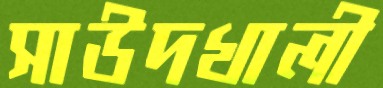
সাউদখালী